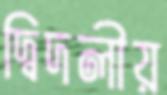
দ্বিদলীয়